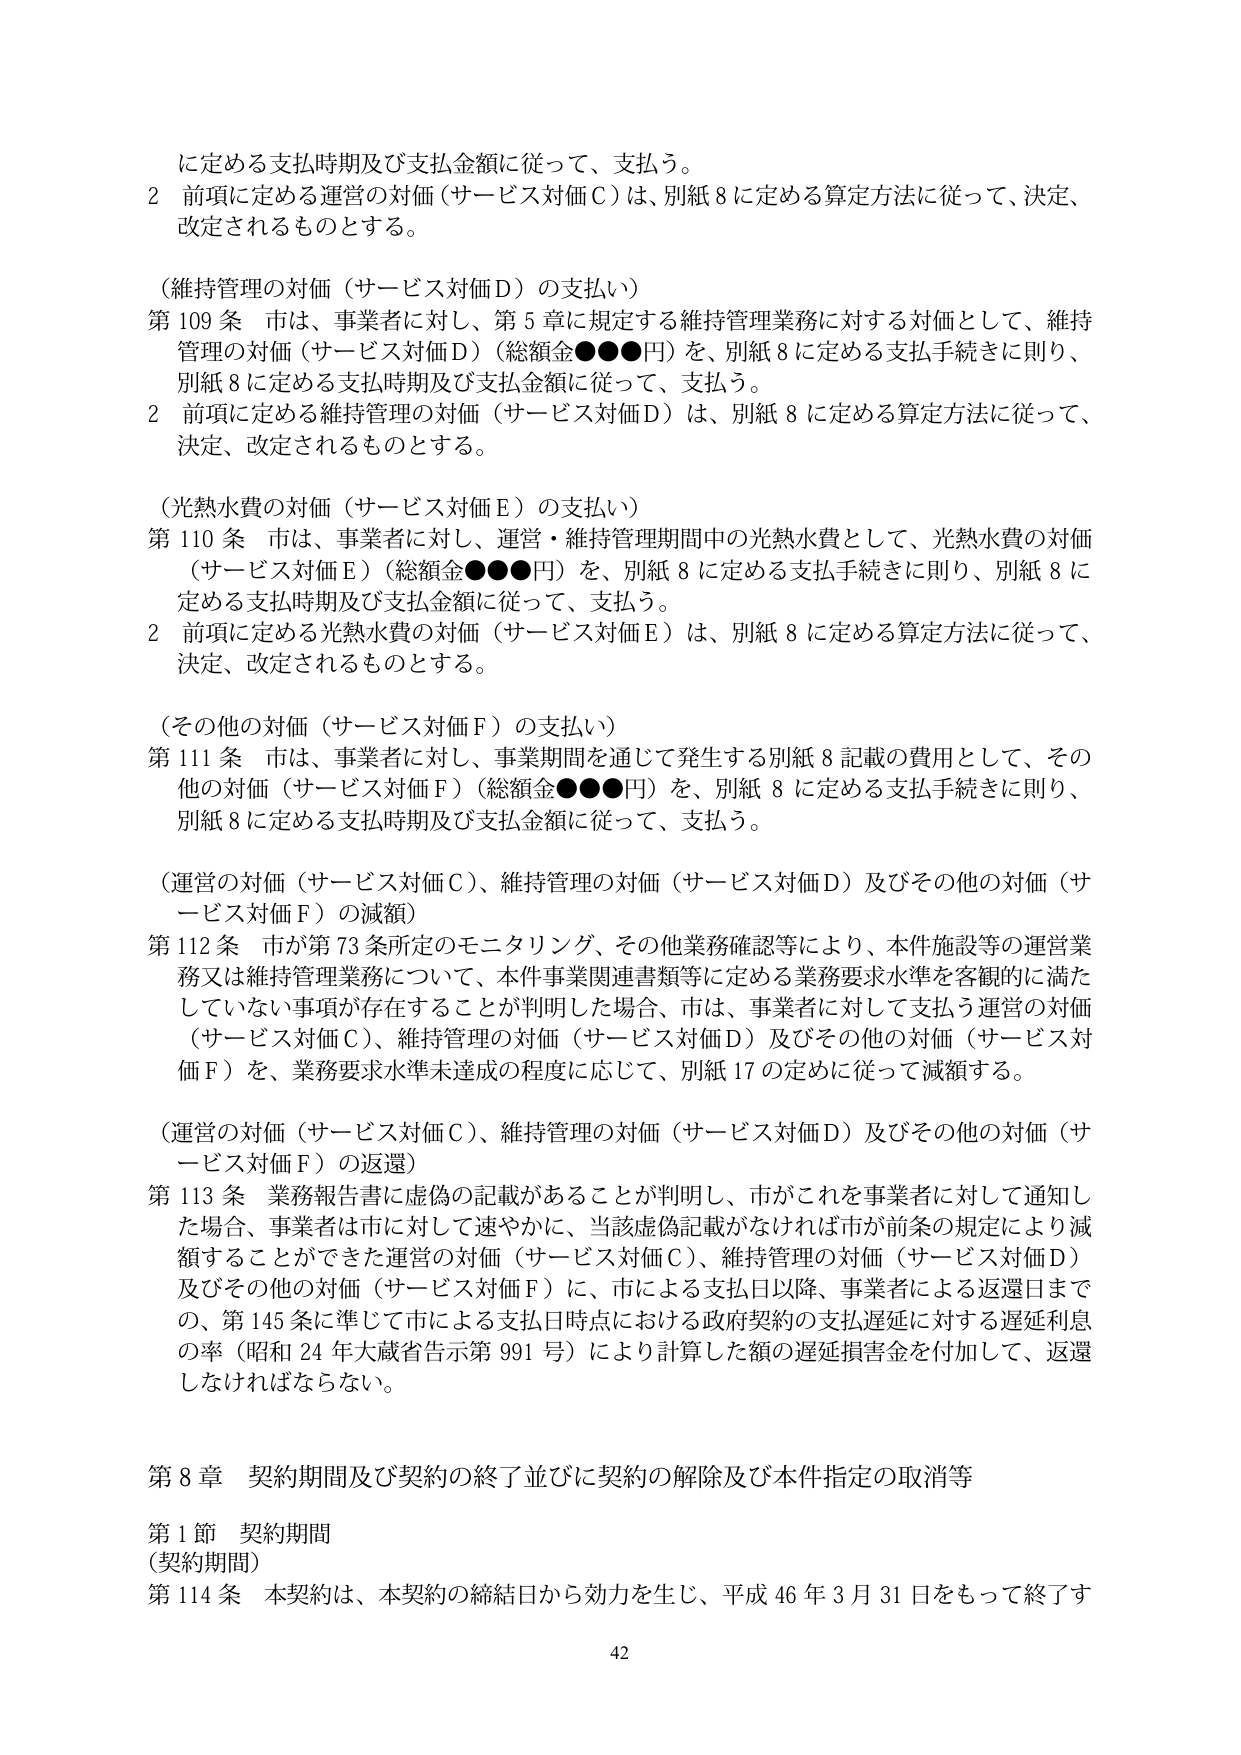
に定める支払時期及び支払金額に従って、支払う。

2 前項に定める運営の対価（サービス対価Ｃ）は、別紙８に定める算定方法に従って、決定、改定されるものとする。

（維持管理の対価（サービス対価Ｄ）の支払い）

第109条 市は、事業者に対し、第5章に規定する維持管理業務に対する対価として、維持管理の対価（サービス対価Ｄ）（総額金●●●円）を、別紙8に定める支払手続きに則り、別紙8に定める支払時期及び支払金額に従って、支払う。

2 前項に定める維持管理の対価（サービス対価Ｄ）は、別紙8に定める算定方法に従って、決定、改定されるものとする。

（光熱水費の対価（サービス対価Ｅ）の支払い）

第110条 市は、事業者に対し、運営・維持管理期間中の光熱水費として、光熱水費の対価（サービス対価Ｅ）（総額金●●●円）を、別紙8に定める支払手続きに則り、別紙8に定める支払時期及び支払金額に従って、支払う。

2 前項に定める光熱水費の対価（サービス対価Ｅ）は、別紙8に定める算定方法に従って、決定、改定されるものとする。

（その他の対価（サービス対価Ｆ）の支払い）

第111条 市は、事業者に対し、事業期間を通じて発生する別紙8記載の費用として、その他の対価（サービス対価Ｆ）（総額金●●●円）を、別紙8に定める支払手続きに則り、別紙8に定める支払時期及び支払金額に従って、支払う。

（運営の対価（サービス対価Ｃ）、維持管理の対価（サービス対価Ｄ）及びその他の対価（サービス対価Ｆ）の減額）

第112条 市が第73条所定のモニタリング、その他業務確認等により、本件施設等の運営業務又は維持管理業務について、本件事業関連書類等に定める業務要求水準を客観的に満たしていない事項が存在することが判明した場合、市は、事業者に対して支払う運営の対価（サービス対価Ｃ）、維持管理の対価（サービス対価Ｄ）及びその他の対価（サービス対価Ｆ）を、業務要求水準未達成の程度に応じて、別紙17の定めに従って減額する。

（運営の対価（サービス対価Ｃ）、維持管理の対価（サービス対価Ｄ）及びその他の対価（サービス対価Ｆ）の返還）

第113条 業務報告書に虚偽の記載があることが判明し、市がこれを事業者に対して通知した場合、事業者は市に対して速やかに、当該虚偽記載がなければ市が前条の規定により減額することができた運営の対価（サービス対価Ｃ）、維持管理の対価（サービス対価Ｄ）及びその他の対価（サービス対価Ｆ）に、市による支払日以降、事業者による返還日までの、第145条に準じて市による支払日時点における政府契約の支払遅延に対する遅延利息の率（昭和24年大蔵省告示第991号）により計算した額の遅延損害金を付加して、返還しなければならない。

第8章 契約期間及び契約の終了並びに契約の解除及び本件指定の取消等

第1節 契約期間

（契約期間）

第114条 本契約は、本契約の締結日から効力を生じ、平成46年3月31日をもって終了す

42